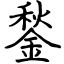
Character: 鍫